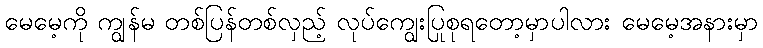
မေမေ့ကို ကျွန်မ တစ်ပြန်တစ်လှည့် လုပ်ကျွေးပြုစုရတော့မှာပါလား မေမေ့အနားမှာ